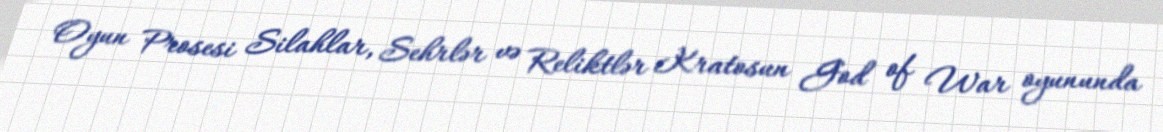
Oyun Prosesi Silahlar, Sehrlər və Reliktlər Kratosun God of War oyununda